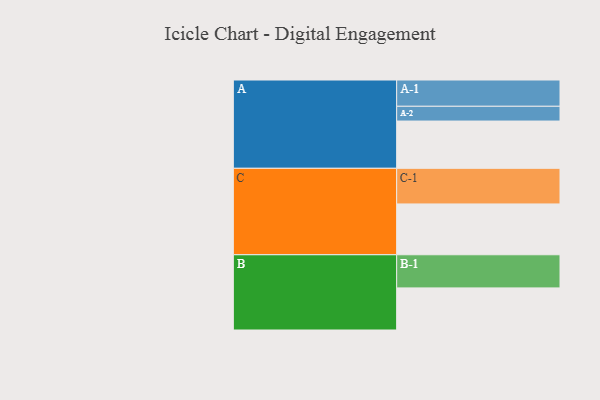
{"axis": {"x": "Segment", "y": "Value"}, "legend": ["", "A", "B", "C"], "data": [{"x": "A", "y": 358, "type": ""}, {"x": "B", "y": 319, "type": ""}, {"x": "C", "y": 385, "type": ""}, {"x": "A-1", "y": 199, "type": "A"}, {"x": "A-2", "y": 112, "type": "A"}, {"x": "B-1", "y": 251, "type": "B"}, {"x": "C-1", "y": 270, "type": "C"}]}